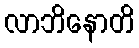
လာဘိနောတိ